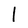
Character: I